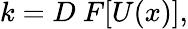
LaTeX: k=D\ F[U(x)],